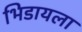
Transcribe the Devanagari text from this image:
भिडायला